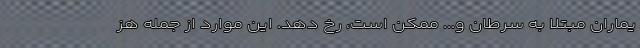
یماران مبتلا به سرطان و... ممکن است، رخ دهد. این موارد از جمله هز